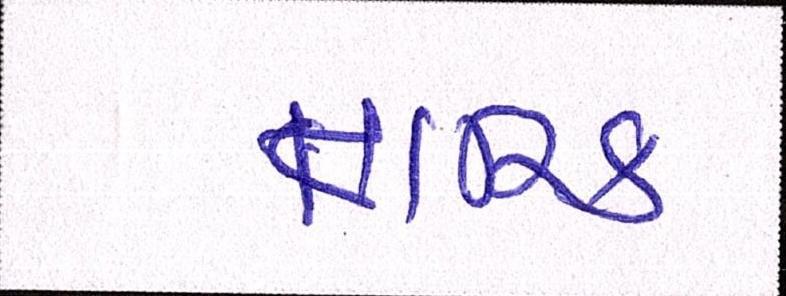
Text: તારિક